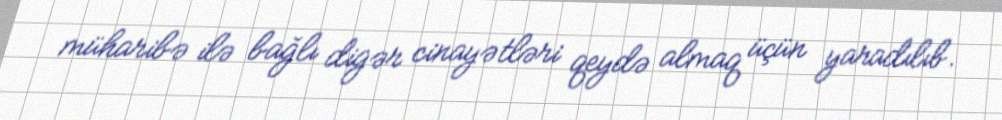
müharibə ilə bağlı digər cinayətləri qeydə almaq üçün yaradılıb.